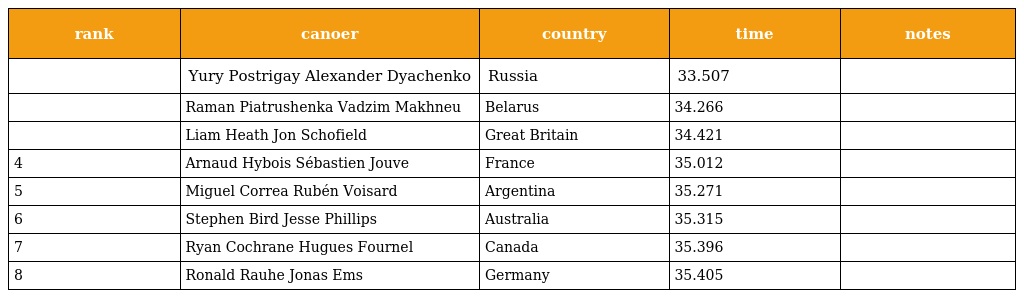
| rank | canoer | country | time | notes |
 | --- | --- | --- | --- | --- |
 |  | Yury Postrigay Alexander Dyachenko | Russia | 33.507 |  |
 |  | Raman Piatrushenka Vadzim Makhneu | Belarus | 34.266 |  |
 |  | Liam Heath Jon Schofield | Great Britain | 34.421 |  |
 | 4 | Arnaud Hybois Sébastien Jouve | France | 35.012 |  |
 | 5 | Miguel Correa Rubén Voisard | Argentina | 35.271 |  |
 | 6 | Stephen Bird Jesse Phillips | Australia | 35.315 |  |
 | 7 | Ryan Cochrane Hugues Fournel | Canada | 35.396 |  |
 | 8 | Ronald Rauhe Jonas Ems | Germany | 35.405 |  |